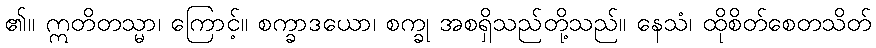
၏။ ဣတိတသ္မာ၊ ကြောင့်။ စက္ခာဒယော၊ စက္ခု အစရှိသည်တို့သည်။ နေသံ၊ ထိုစိတ်စေတသိတ်